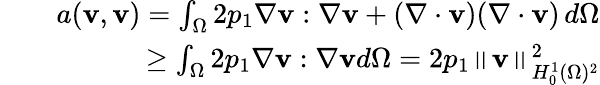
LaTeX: \begin{array}{rlr}&{}&{a(\mathbf{v},\mathbf{v})=\int_{\Omega}2p_{1}\nabla\mathbf{v}:\nabla\mathbf{v}+(\nabla\cdot\mathbf{v})(\nabla\cdot\mathbf{v})\, d\Omega}\\ &{}&{\geq\int_{\Omega}2p_{1}\nabla\mathbf{v}:\nabla\mathbf{v}d\Omega=2p_{1}\left\lVert\mathbf{v}\right\rVert_{H_{0}^{1}(\Omega)^{2}}^{2}}\end{array}